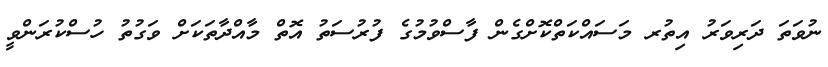
ނުވަތަ ދަރިވަރު އިތުރ މަސައްކަތްކޮށްގެން ފާސްވުމުގެ ފުރުސަތު އޮތް މާއްދާތަކަށް ވަގުތު ހުސްކުރަންވީ